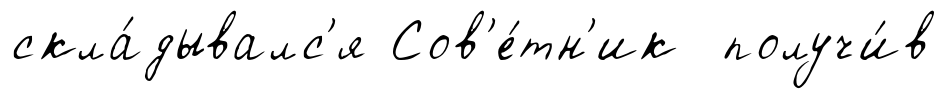
скла́дывалс'я Сов'е́тн'ик получи́в